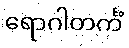
ရောဂါတင်္ကံ